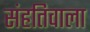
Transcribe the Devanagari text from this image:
संहतिवाला